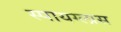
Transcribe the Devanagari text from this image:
स्पायग्लास